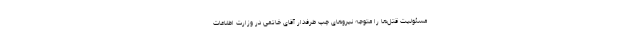
مسئولیت قتل‌ها را متوجه نیروهاى چپ طرفدار آقاى خاتمى در وزارت اطلاعات